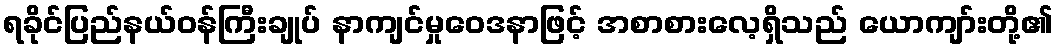
ရခိုင်ပြည်နယ်ဝန်ကြီးချုပ် နာကျင်မှုဝေဒနာဖြင့် အစာစားလေ့ရှိသည် ယောကျာ်းတို့၏